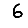
Digit: 6